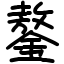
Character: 鏊